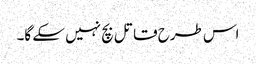
اس طرح قاتل بچ نہیں سکے گا۔